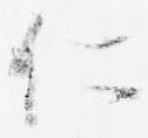
仁